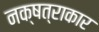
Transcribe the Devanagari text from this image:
नक्षत्राकार